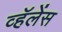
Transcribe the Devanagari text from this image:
व्हॅलेंस